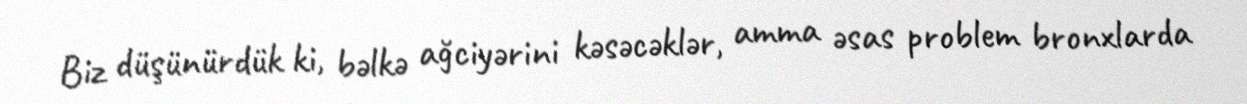
Biz düşünürdük ki, bəlkə ağciyərini kəsəcəklər, amma əsas problem bronxlarda